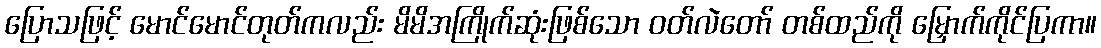
ပြောသဖြင့် မောင်မောင်တုတ်ကလည်း မိမိအကြိုက်ဆုံးဖြစ်သော ဝတ်လဲတော် တစ်ထည်ကို မြှောက်ကိုင်ပြကာ။